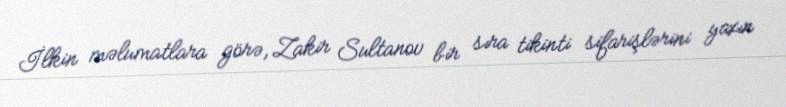
İlkin məlumatlara görə, Zakir Sultanov bir sıra tikinti sifarişlərini yaxın